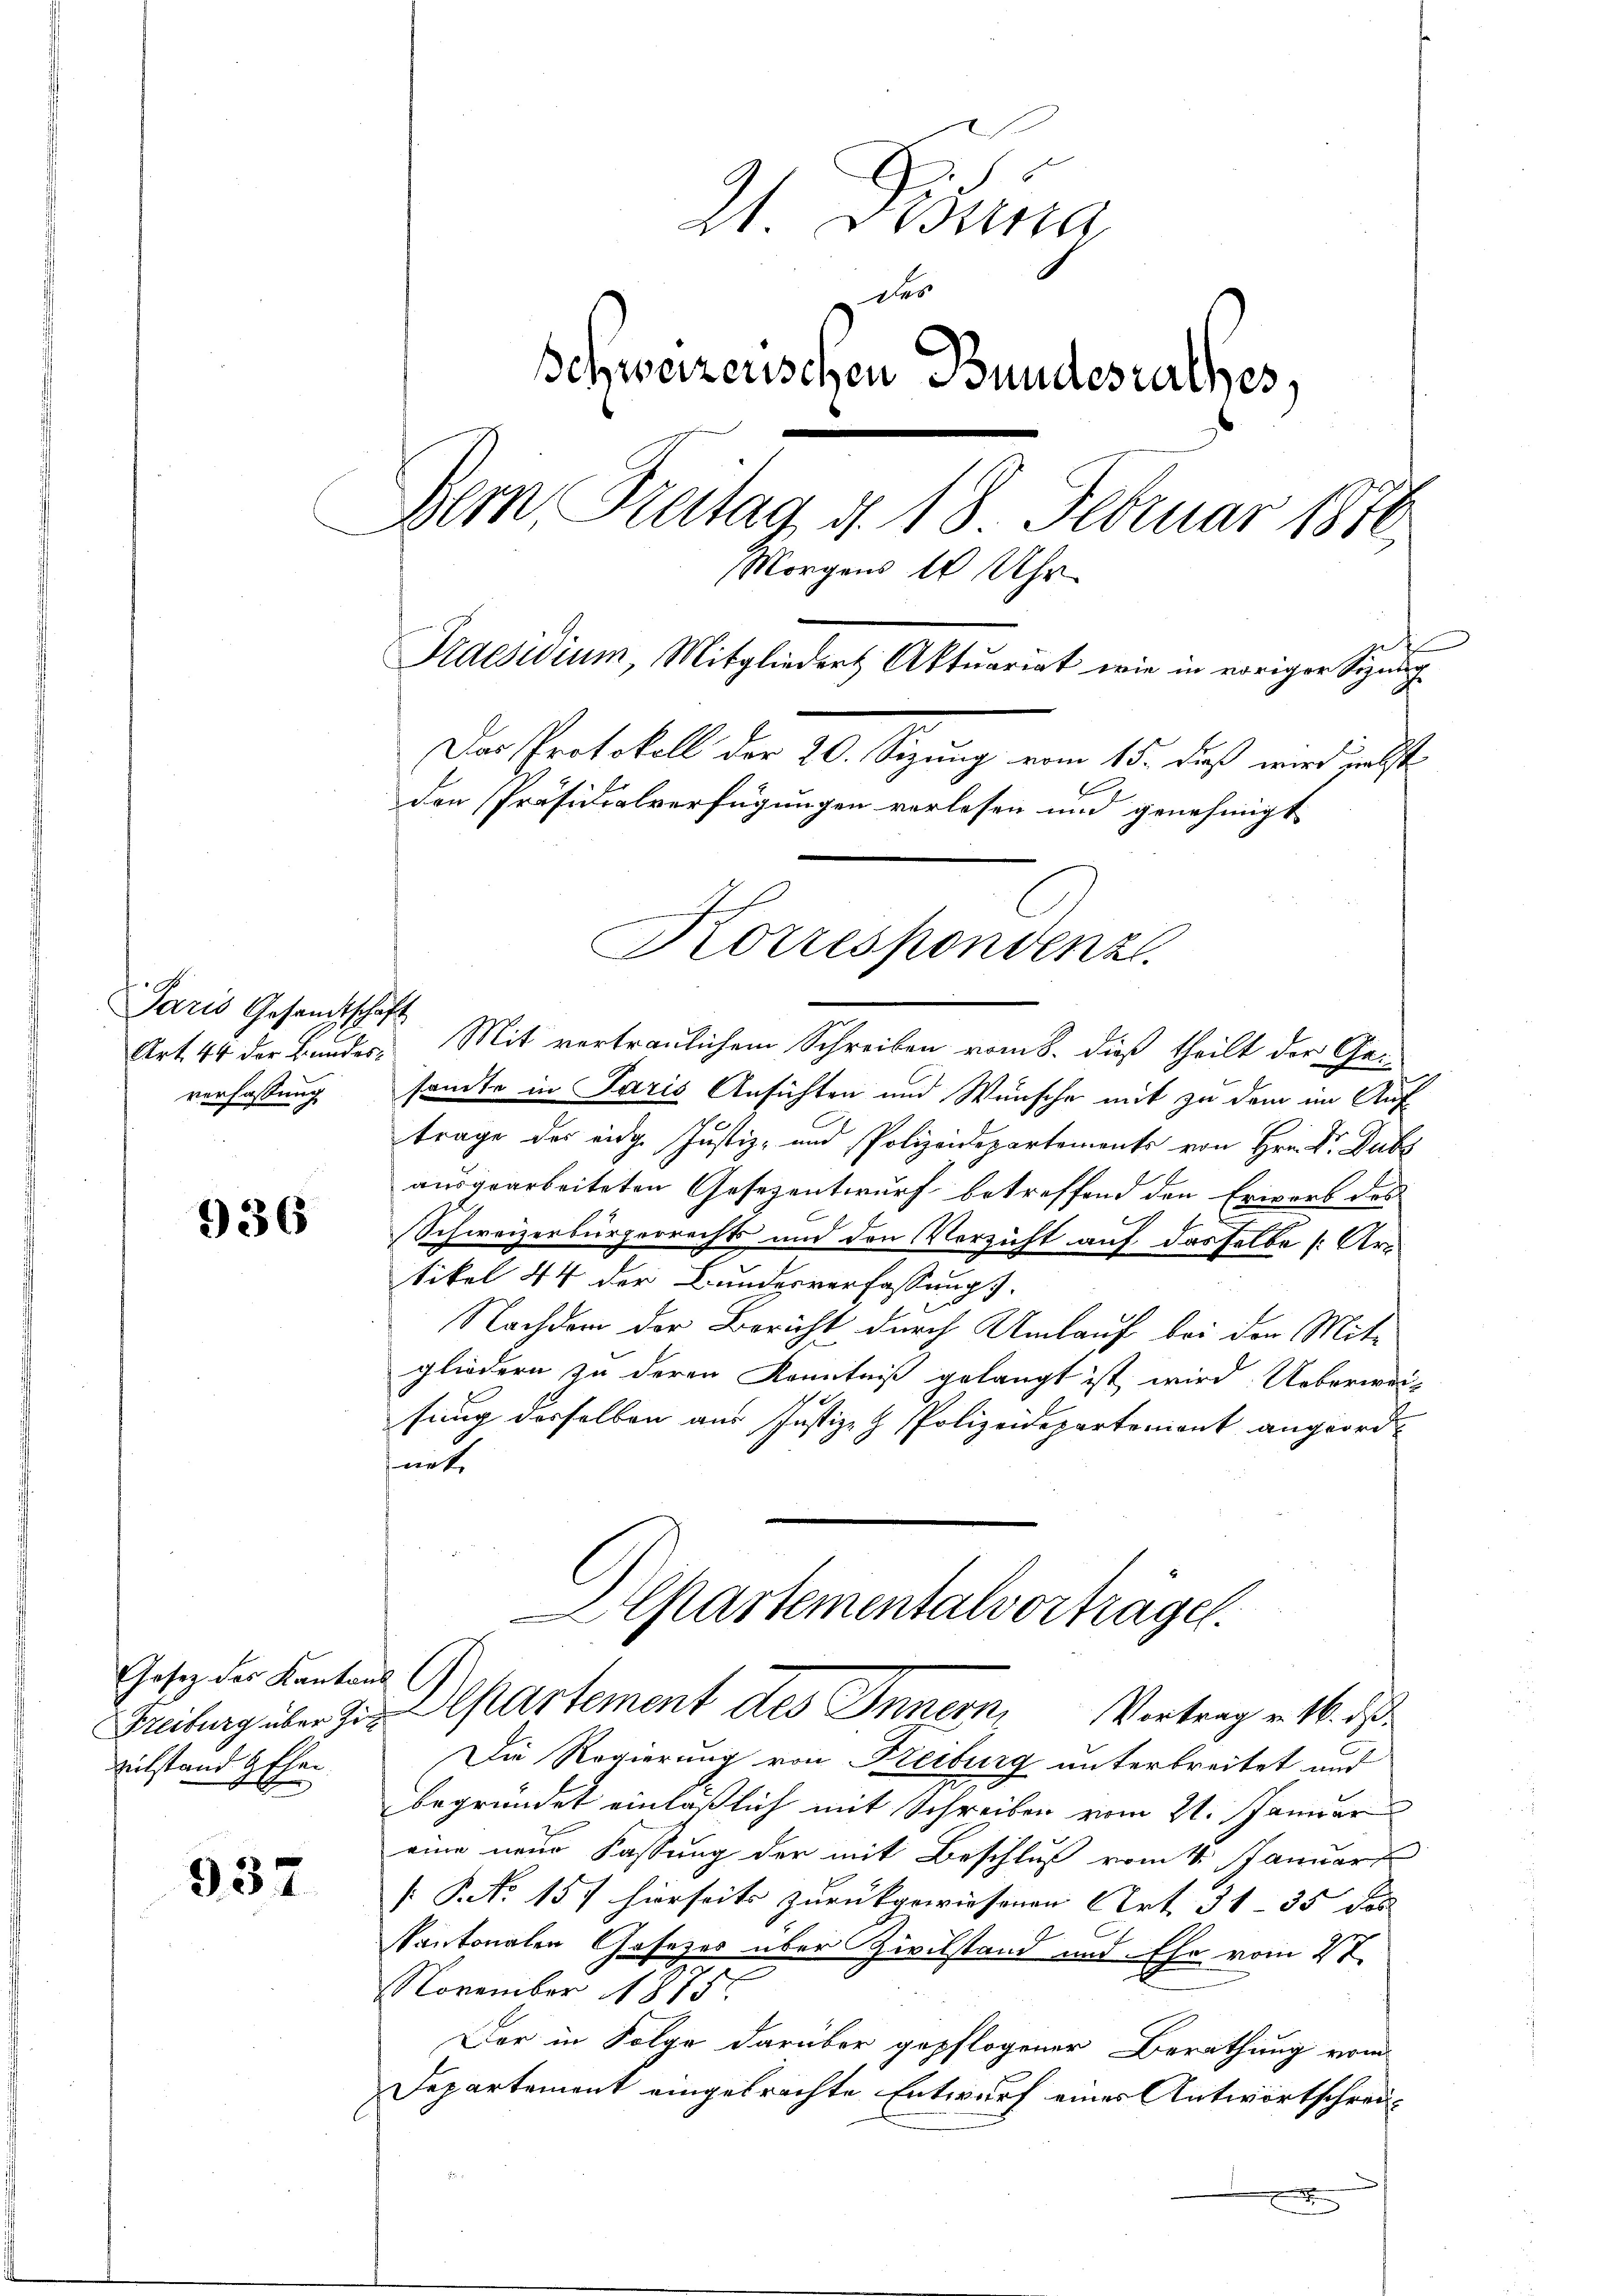
x
Paris Gesandtschaft
verfassung

936

Gesetz des Kantons
vilstand gehen

937

21. Disena
des
Schweizerischen Bundesrathes,
Bern Freitag d. 18. Februar 1870
Morgens 10 Uhr
Praesidium, Mitgliedert Aktuariat wie in voriger Sinng
Das Protokoll der 20. Sizung vom 15. dieß wird nebst
den Präsidialverfügungen vorlesen und genehmigt

Art. 44 der Bundes. Mit vertraulichem Schreiben vom 8. dieß theilt der Gesandte in Paris Ansichten und Wünsche mit zu dem im Auf
trage des eidg. Justiz- und Polizeidepartemente von Hrn. Dr. Dubs
ausgearbeiteten Gesezentwurf betreffend den Erwerb des
Schweizerbürgerrechts und den Verzicht auf dasselbe [Artikel 44 der Bundesverfassungs-
Nachdem der Bericht durch Umlauf bei der Mitgliedern zu deren Kenntniß gelangt ist wird Ueberweisung desselben aus Justiz- & Polizeidepartement angeord-
fnete
Cartementalvortragen.
Freiburg über zur Departement des Innern, Vortrag v. M. de
Die Regierung von Freiburg unterbreitet und
begründet einläßlich mit Schreiben vom 21. Januar
eine neue Fassung der mit Beschluß vom 1. Januar
[P No 157 hierseits zurückgewiesenen Art. 31–35 des
Kantonalen Gesetzes über Zivilstand und Ehr vom 27.
November 1875.
Der in Folge darüber gepflogener Berathung vom
Departement eingebrachte Entwurf eines Antwortschrei¬

Korrespondenz